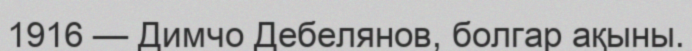
1916 — Димчо Дебелянов, болгар ақыны.